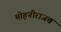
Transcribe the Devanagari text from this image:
मोहनीराजच